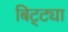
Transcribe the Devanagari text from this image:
बिट्ट्या